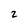
Character: 2